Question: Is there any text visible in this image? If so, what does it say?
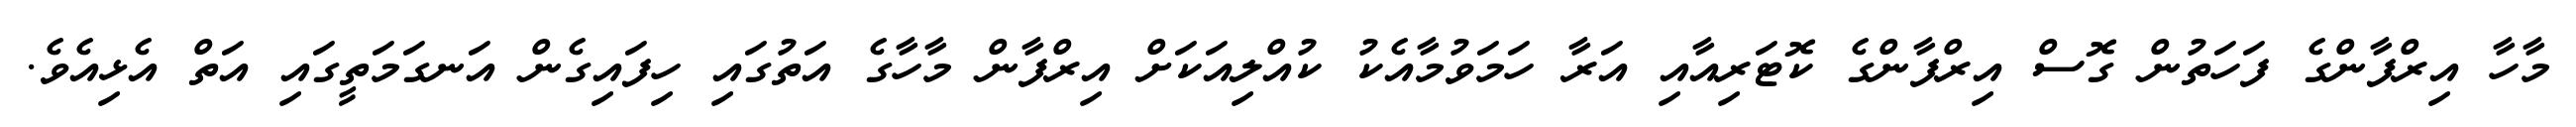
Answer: މާހާ އިރްފާންގެ ފަހަތުން ގޮސް އިރްފާންގެ ކޮޓަރިއާއި އަރާ ހަމަވުމާއެކު ކުއްލިއަކަށް އިރްފާން މާހާގެ އަތުގައި ހިފައިގެން އަނގަމަތީގައި އަތް އެޅިއެވެ.